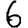
Digit: 6